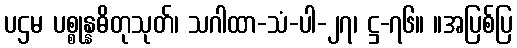
ပဌမ ပစ္စုန္နဓိတုသုတ်၊ သဂါထာ-သံ-ပါ-၂၇၊ ဋ္ဌ-၇၆။ ။အပြစ်ပြ